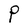
Character: P